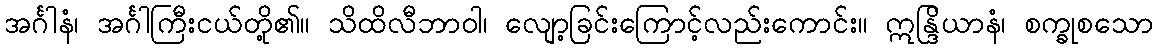
အင်္ဂါနံ၊ အင်္ဂါကြီးငယ်တို့၏။ သိထိလီဘာဝါ၊ လျော့ခြင်းကြောင့်လည်းကောင်း။ ဣန္ဒြိယာနံ၊ စက္ခုစသော